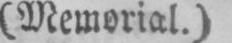
(Memorial.)